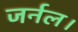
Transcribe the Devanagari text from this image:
जर्नल।